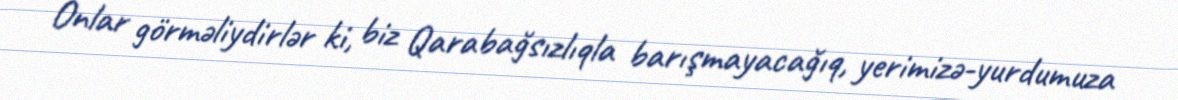
Onlar görməliydirlər ki, biz Qarabağsızlıqla barışmayacağıq, yerimizə-yurdumuza